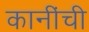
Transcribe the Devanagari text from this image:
कानींची